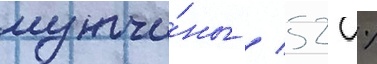
мужчи́ны / 52 %